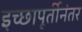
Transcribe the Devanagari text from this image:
इच्छापूर्तीनंतर